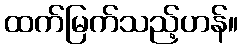
ထက်မြက်သည့်ဟန်။